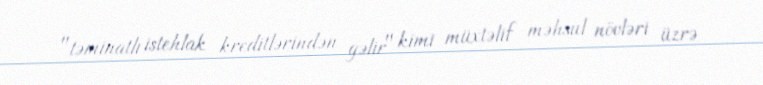
"təminatlı istehlak kreditlərindən gəlir" kimi müxtəlif məhsul növləri üzrə